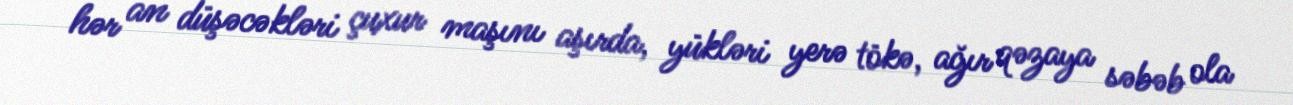
hər an düşəcəkləri çuxur maşını aşırda, yükləri yerə tökə, ağır qəzaya səbəb ola